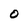
Character: O